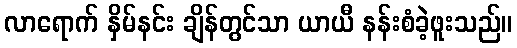
လာရောက် နှိမ်နင်း ချိန်တွင်သာ ယာယီ နန်းစံခဲ့ဖူးသည်။